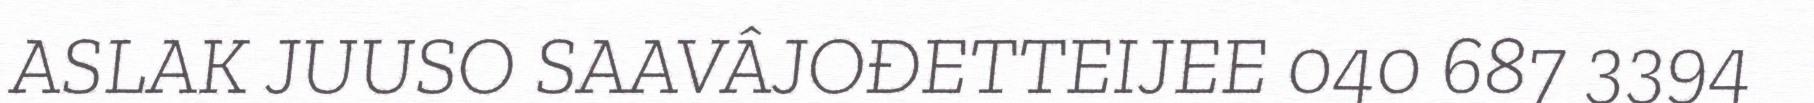
ASLAK JUUSO SAAVÂJOĐETTEIJEE 040 687 3394